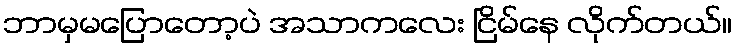
ဘာမှမပြောတော့ပဲ အသာကလေး ငြိမ်နေ လိုက်တယ်။